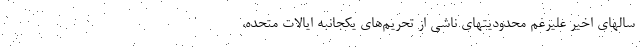
سالهای اخیر علیرغم محدودیتهای ناشی از تحریم‌های یکجانبه ایالات متحده،